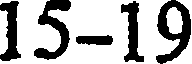
15-19